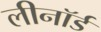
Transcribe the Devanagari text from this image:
लीनॉर्ड